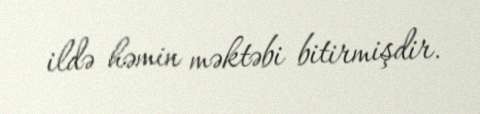
ildə həmin məktəbi bitirmişdir.